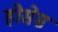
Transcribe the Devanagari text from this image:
होसेस